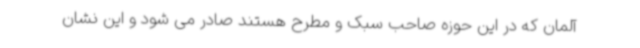
آلمان که در این حوزه صاحب سبک و مطرح هستند صادر می شود و این نشان